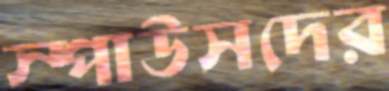
স্পাউসদের